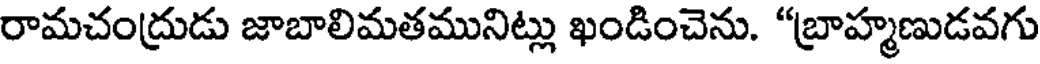
రామచంద్రుడు జాబాలిమతమునిట్లు ఖండించెను. "బ్రాహ్మణుడవగు